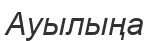
Ауылыңа